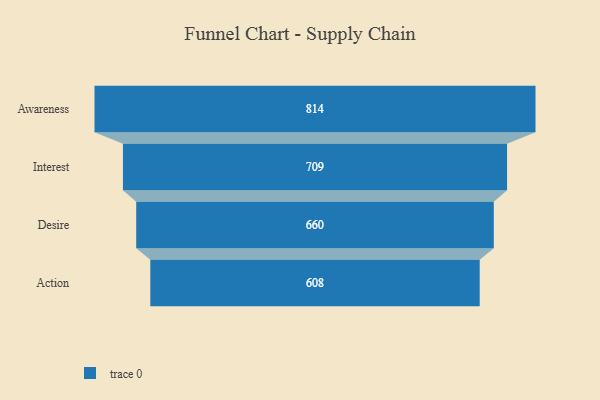
{"axis": {"x": "Stage", "y": "Value"}, "legend": [""], "data": [{"x": "Awareness", "y": 814.0, "type": ""}, {"x": "Interest", "y": 709.0, "type": ""}, {"x": "Desire", "y": 660.0, "type": ""}, {"x": "Action", "y": 608.0, "type": ""}]}